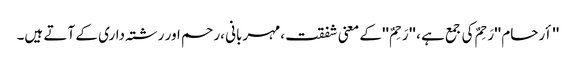
'' أرحام ''رَحِمٌ کی جمع ہے ، '' رَحِمٌ ''کے معنی شفقت ،مہربانی ،رحم اور رشتہ داری کے آتے ہیں۔